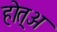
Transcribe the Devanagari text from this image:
होत्अ